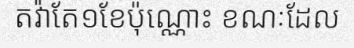
តវ៉ាតែ១ខែប៉ុណ្ណោះ ខណៈដែល